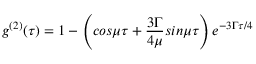
g ^ { ( 2 ) } ( \tau ) = 1 - \left( c o s \mu \tau + { \frac { 3 \Gamma } { 4 \mu } } s i n \mu \tau \right) e ^ { - 3 \Gamma \tau / 4 }